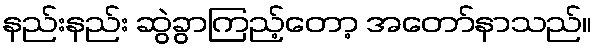
နည်းနည်း ဆွဲခွာကြည့်တော့ အတော်နာသည်။